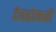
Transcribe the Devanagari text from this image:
देवढोकरी